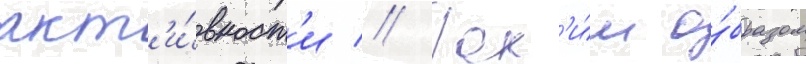
акт'и́вност'и // Так'и́м о́бразом